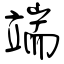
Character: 端